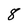
Character: 8